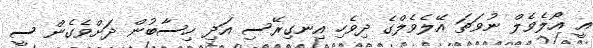
އީ އޯލެވެލް ނުވަތަ އޭލެވެލްގެ ދިވެހި އިނގިރޭސި އަދި ހިސާބުން ދަށްވެގެން ސީ